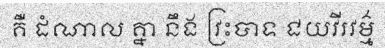
គឺ ដំណាល គ្នា នឹង វ្រះបាទ ជយវីរវម៌្ម